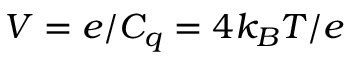
V = e / C _ { q } = 4 k _ { B } T / e